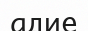
адие